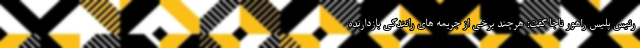
رئیس پلیس راهور ناجا گفت: هرچند برخی از جریمه های رانندگی بازدارنده